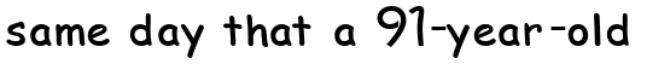
same day that a 91-year-old